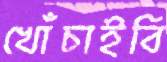
খোঁচাইবি